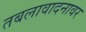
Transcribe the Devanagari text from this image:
तबलावादनावर